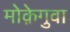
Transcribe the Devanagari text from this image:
मोक़ेगुवा